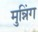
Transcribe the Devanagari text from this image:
मुन्निंग